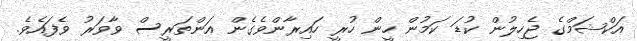
އަކްޝަމްގެ ޖެހިލުން ކުޑަ ކަމުން ހީން ހުރީ ހައިރާންވެގެން އަންތަރީސް ވާވަރު ވެފައެވެ.